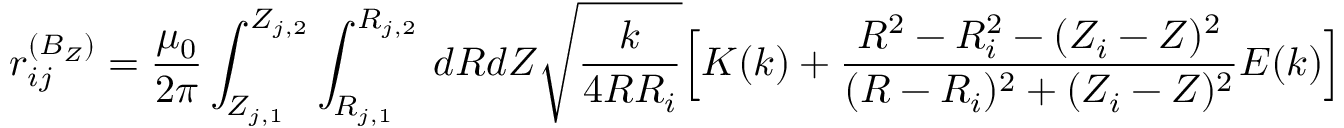
r _ { i j } ^ { ( B _ { Z } ) } = \frac { \mu _ { 0 } } { 2 \pi } \int _ { Z _ { j , 1 } } ^ { Z _ { j , 2 } } \int _ { R _ { j , 1 } } ^ { R _ { j , 2 } } \, d R d Z \sqrt { \frac { k } { 4 R R _ { i } } } \Big [ K ( k ) + \frac { R ^ { 2 } - R _ { i } ^ { 2 } - ( Z _ { i } - Z ) ^ { 2 } } { ( R - R _ { i } ) ^ { 2 } + ( Z _ { i } - Z ) ^ { 2 } } E ( k ) \Big ]